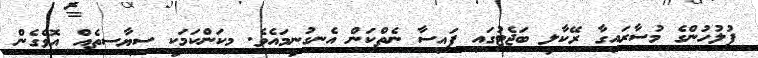
ފުލުހުންގެ މުސާރައިގާ ރޭކާލީ ބަޖެޓުގައި ފައިސާ ނެތްކަން އެނގުނީމައެވެ. މިކަންކަމަކީ ސިޔާސތެއް އޮވެގެން